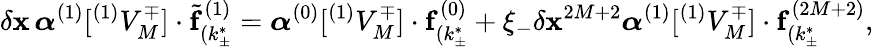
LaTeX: \delta\mathbf{x}\, \boldsymbol{\alpha}^{(1)}[^{(1)}V_{M}^{\mp}]\cdot\tilde{{\mathbf{{f}}}}_{\hphantom{}{{(}}k_{\pm}^{*}}^{(1)}=\boldsymbol{\alpha}^{(0)}[^{(1)}V_{M}^{\mp}]\cdot\mathbf{{f}}_{\hphantom{}{{(}}k_{\pm}^{*}}^{(0)}+\xi_{-}\delta\mathbf{x}^{2M+2}\boldsymbol{\alpha}^{(1)}[^{(1)}V_{M}^{\mp}]\cdot\mathbf{{f}}_{\hphantom{}{{(}}k_{\pm}^{*}}^{(2M+2)},